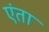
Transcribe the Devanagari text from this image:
एंता